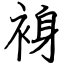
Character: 裑